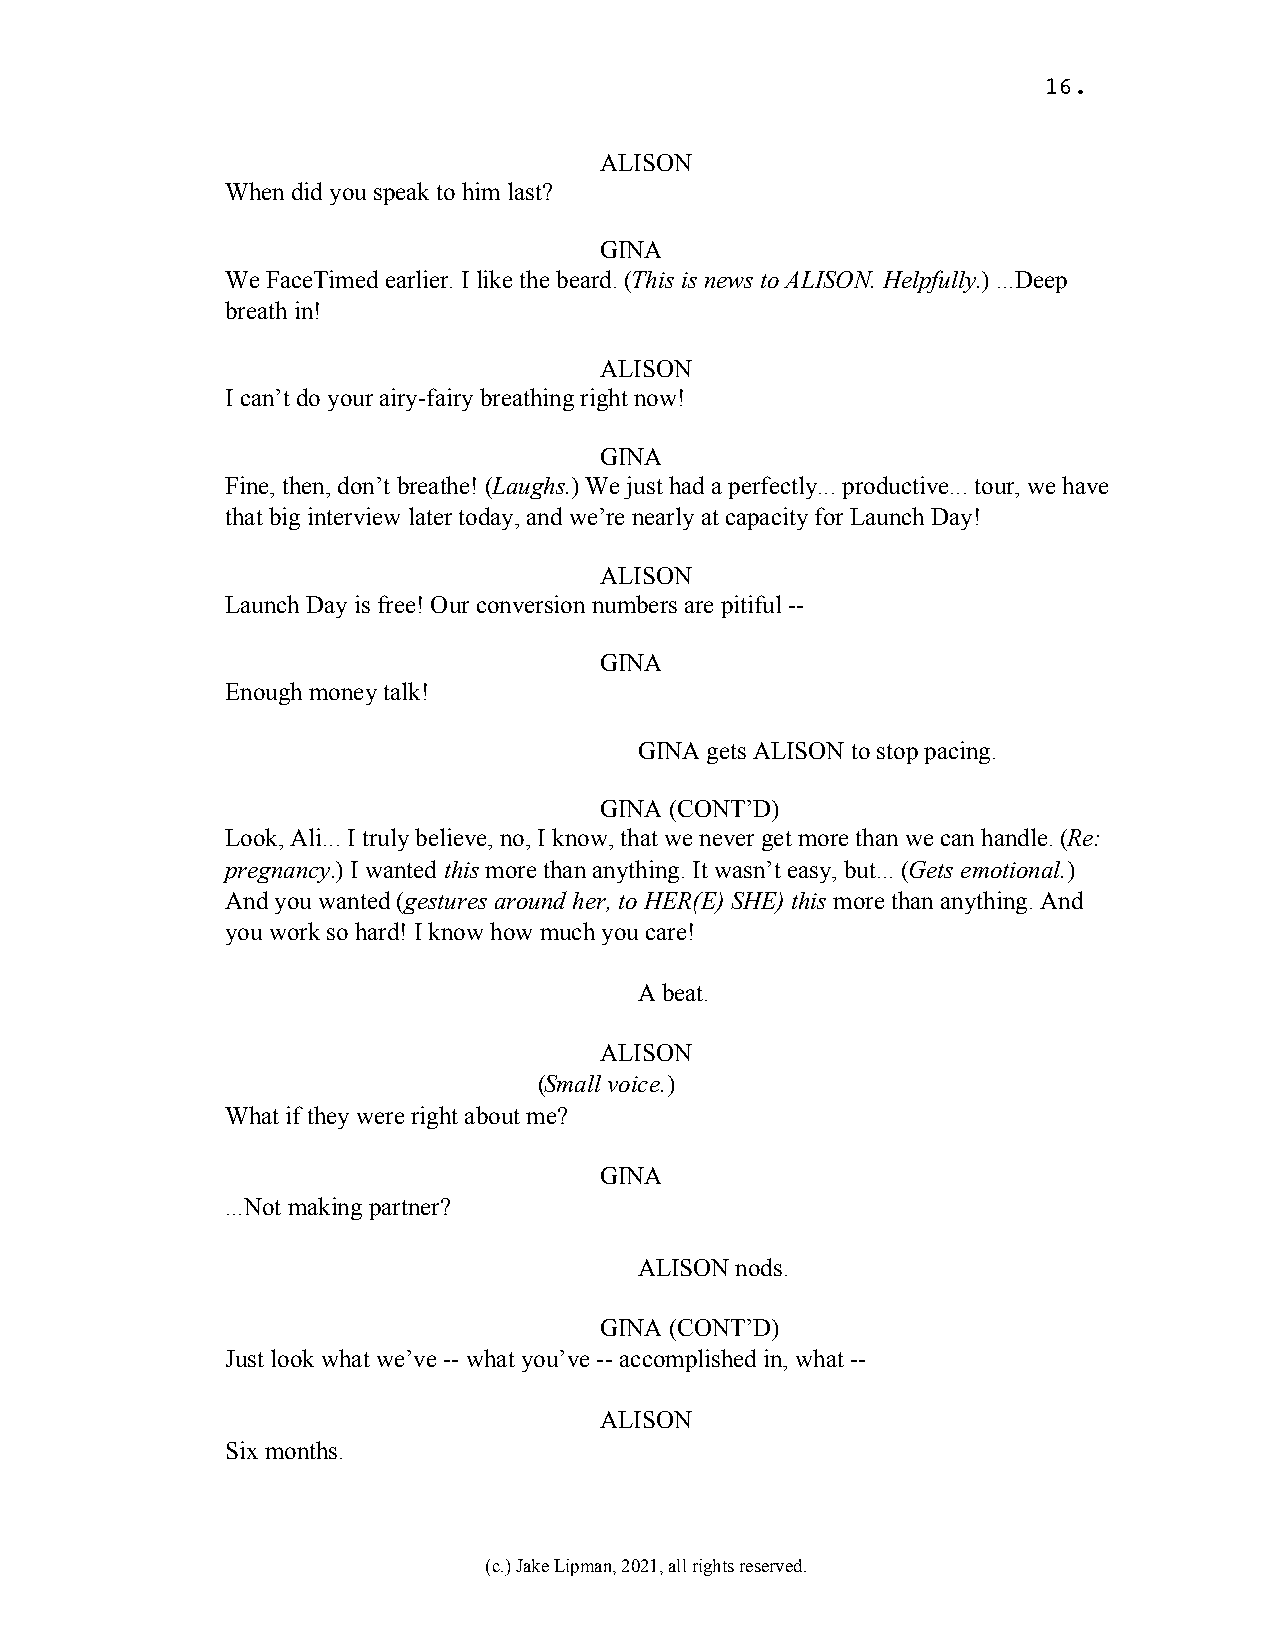
16.
 ALISON
 When did you speak to him last?
 GINA
 We FaceTimed earlier. I like the beard. (This is news to ALISON. Helpfully.) ...Deep
 breath in!
 ALISON
 I can’t do your airy-fairy breathing right now!
 GINA
 Fine, then, don’t breathe! (Laughs.) We just had a perfectly... productive... tour, we have
 that big interview later today, and we’re nearly at capacity for Launch Day!
 ALISON
 Launch Day is free! Our conversion numbers are pitiful --
 GINA
 Enough money talk!
 GINA gets ALISON to stop pacing.
 GINA (CONT’D)
 Look, Ali... I truly believe, no, I know, that we never get more than we can handle. (Re:
 pregnancy.) I wanted this more than anything. It wasn’t easy, but... (Gets emotional.)
 And you wanted (gestures around her, to HER(E) SHE) this more than anything. And
 you work so hard! I know how much you care!
 A beat.
 ALISON
 (Small voice.)
 What if they were right about me?
 GINA
 ...Not making partner?
 ALISON nods.
 GINA (CONT’D)
 Just look what we’ve -- what you’ve -- accomplished in, what --
 ALISON
 Six months.
 (c.) Jake Lipman, 2021, all rights reserved.